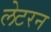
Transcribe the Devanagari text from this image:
लेटरन